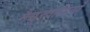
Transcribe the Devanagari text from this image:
मैसूरवासियों